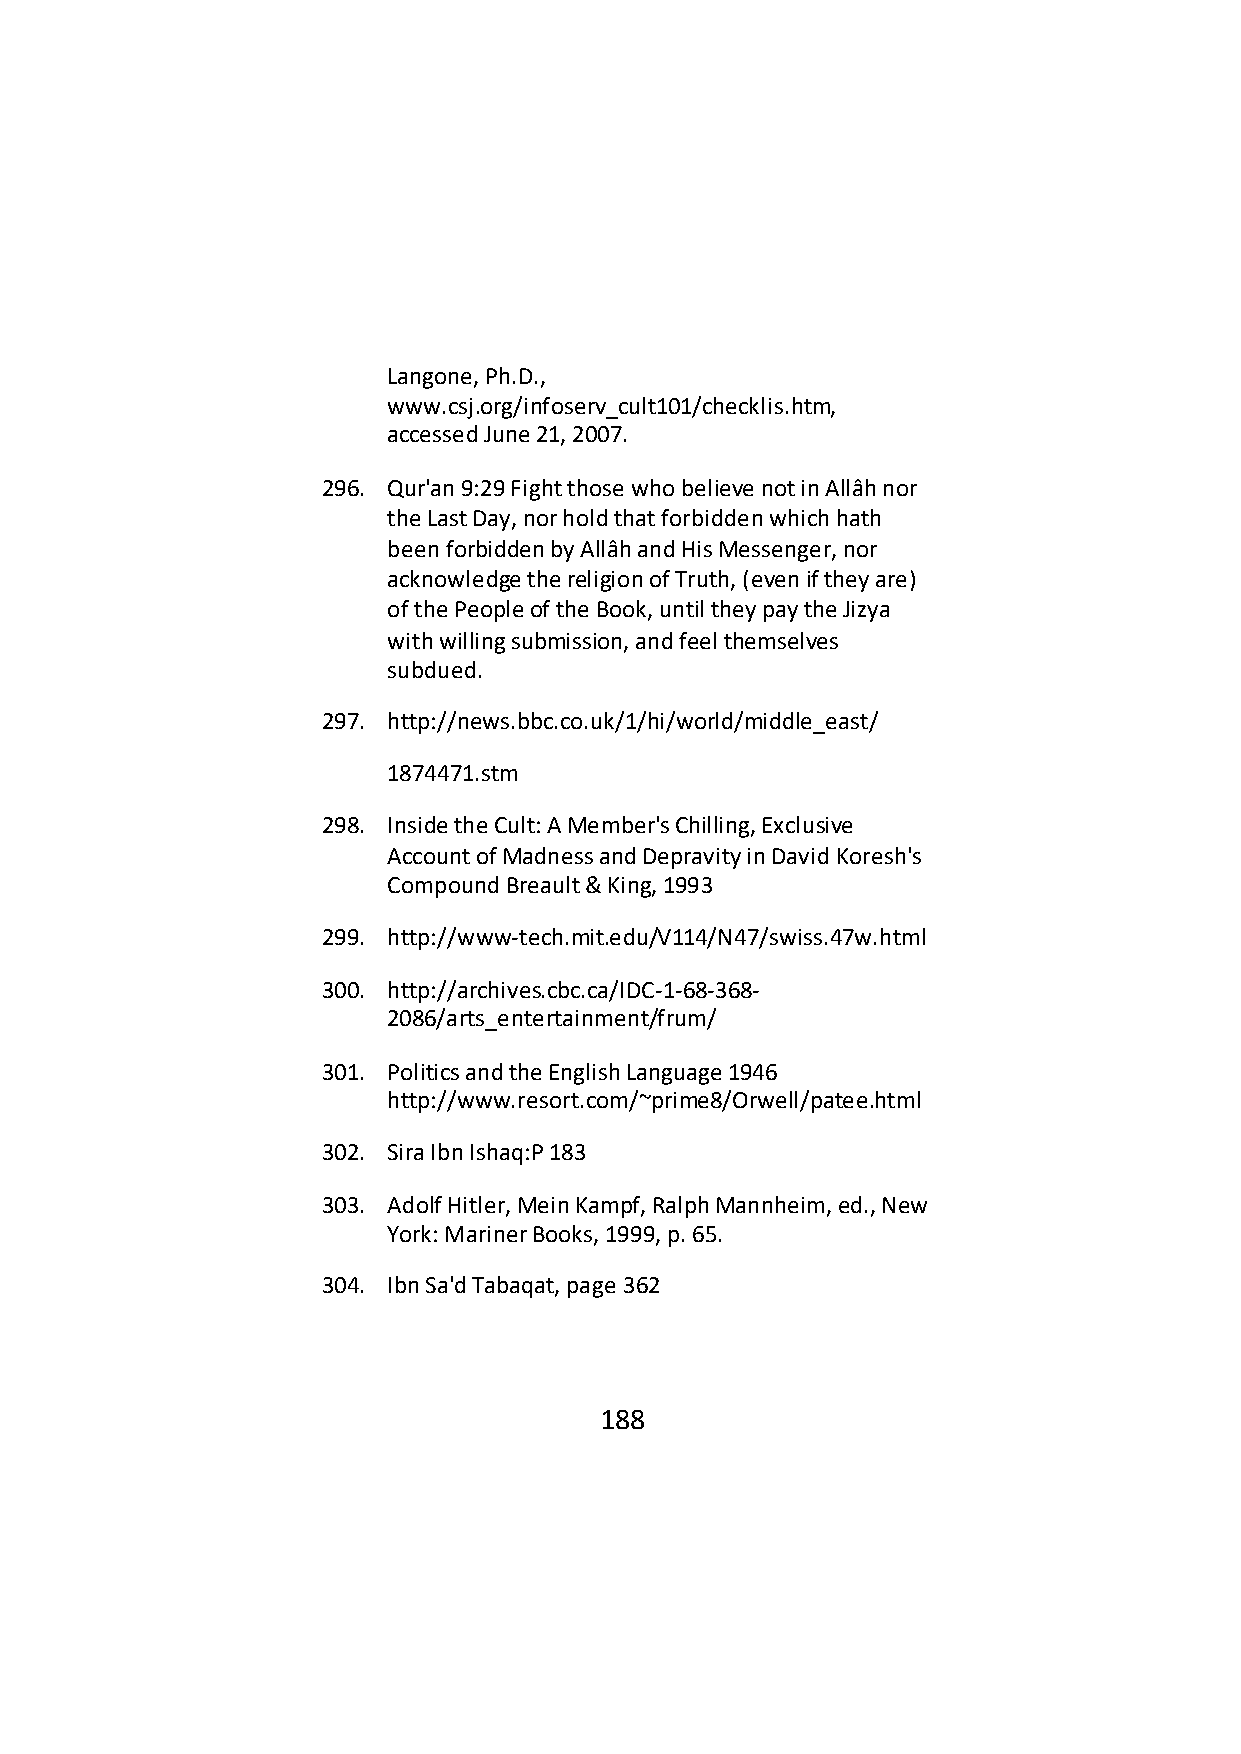
Langone, Ph.D.,
 www.csj.org/infoserv_cult101/checklis.htm,
 accessed June 21, 2007.
 296. Qur'an 9:29 Fight those who believe not in Allâh nor
 the Last Day, nor hold that forbidden which hath
 been forbidden by Allâh and His Messenger, nor
 acknowledge the religion of Truth, (even if they are)
 of the People of the Book, until they pay the Jizya
 with willing submission, and feel themselves
 subdued.
 297. http://news.bbc.co.uk/1/hi/world/middle_east/
 1874471.stm
 298. Inside the Cult: A Member's Chilling, Exclusive
 Account of Madness and Depravity in David Koresh's
 Compound Breault & King, 1993
 299. http://www-tech.mit.edu/V114/N47/swiss.47w.html
 300. http://archives.cbc.ca/IDC-1-68-368-
 2086/arts_entertainment/frum/
 301. Politics and the English Language 1946
 http://www.resort.com/~prime8/Orwell/patee.html
 302. Sira Ibn Ishaq:P 183
 303. Adolf Hitler, Mein Kampf, Ralph Mannheim, ed., New
 York: Mariner Books, 1999, p. 65.
 304. Ibn Sa'd Tabaqat, page 362
 188